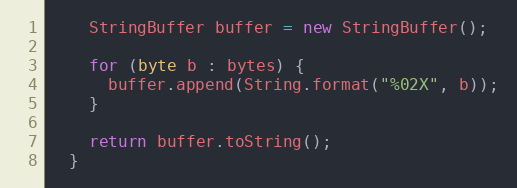
Language: Java
    StringBuffer buffer = new StringBuffer();

    for (byte b : bytes) {
      buffer.append(String.format("%02X", b));
    }

    return buffer.toString();
  }